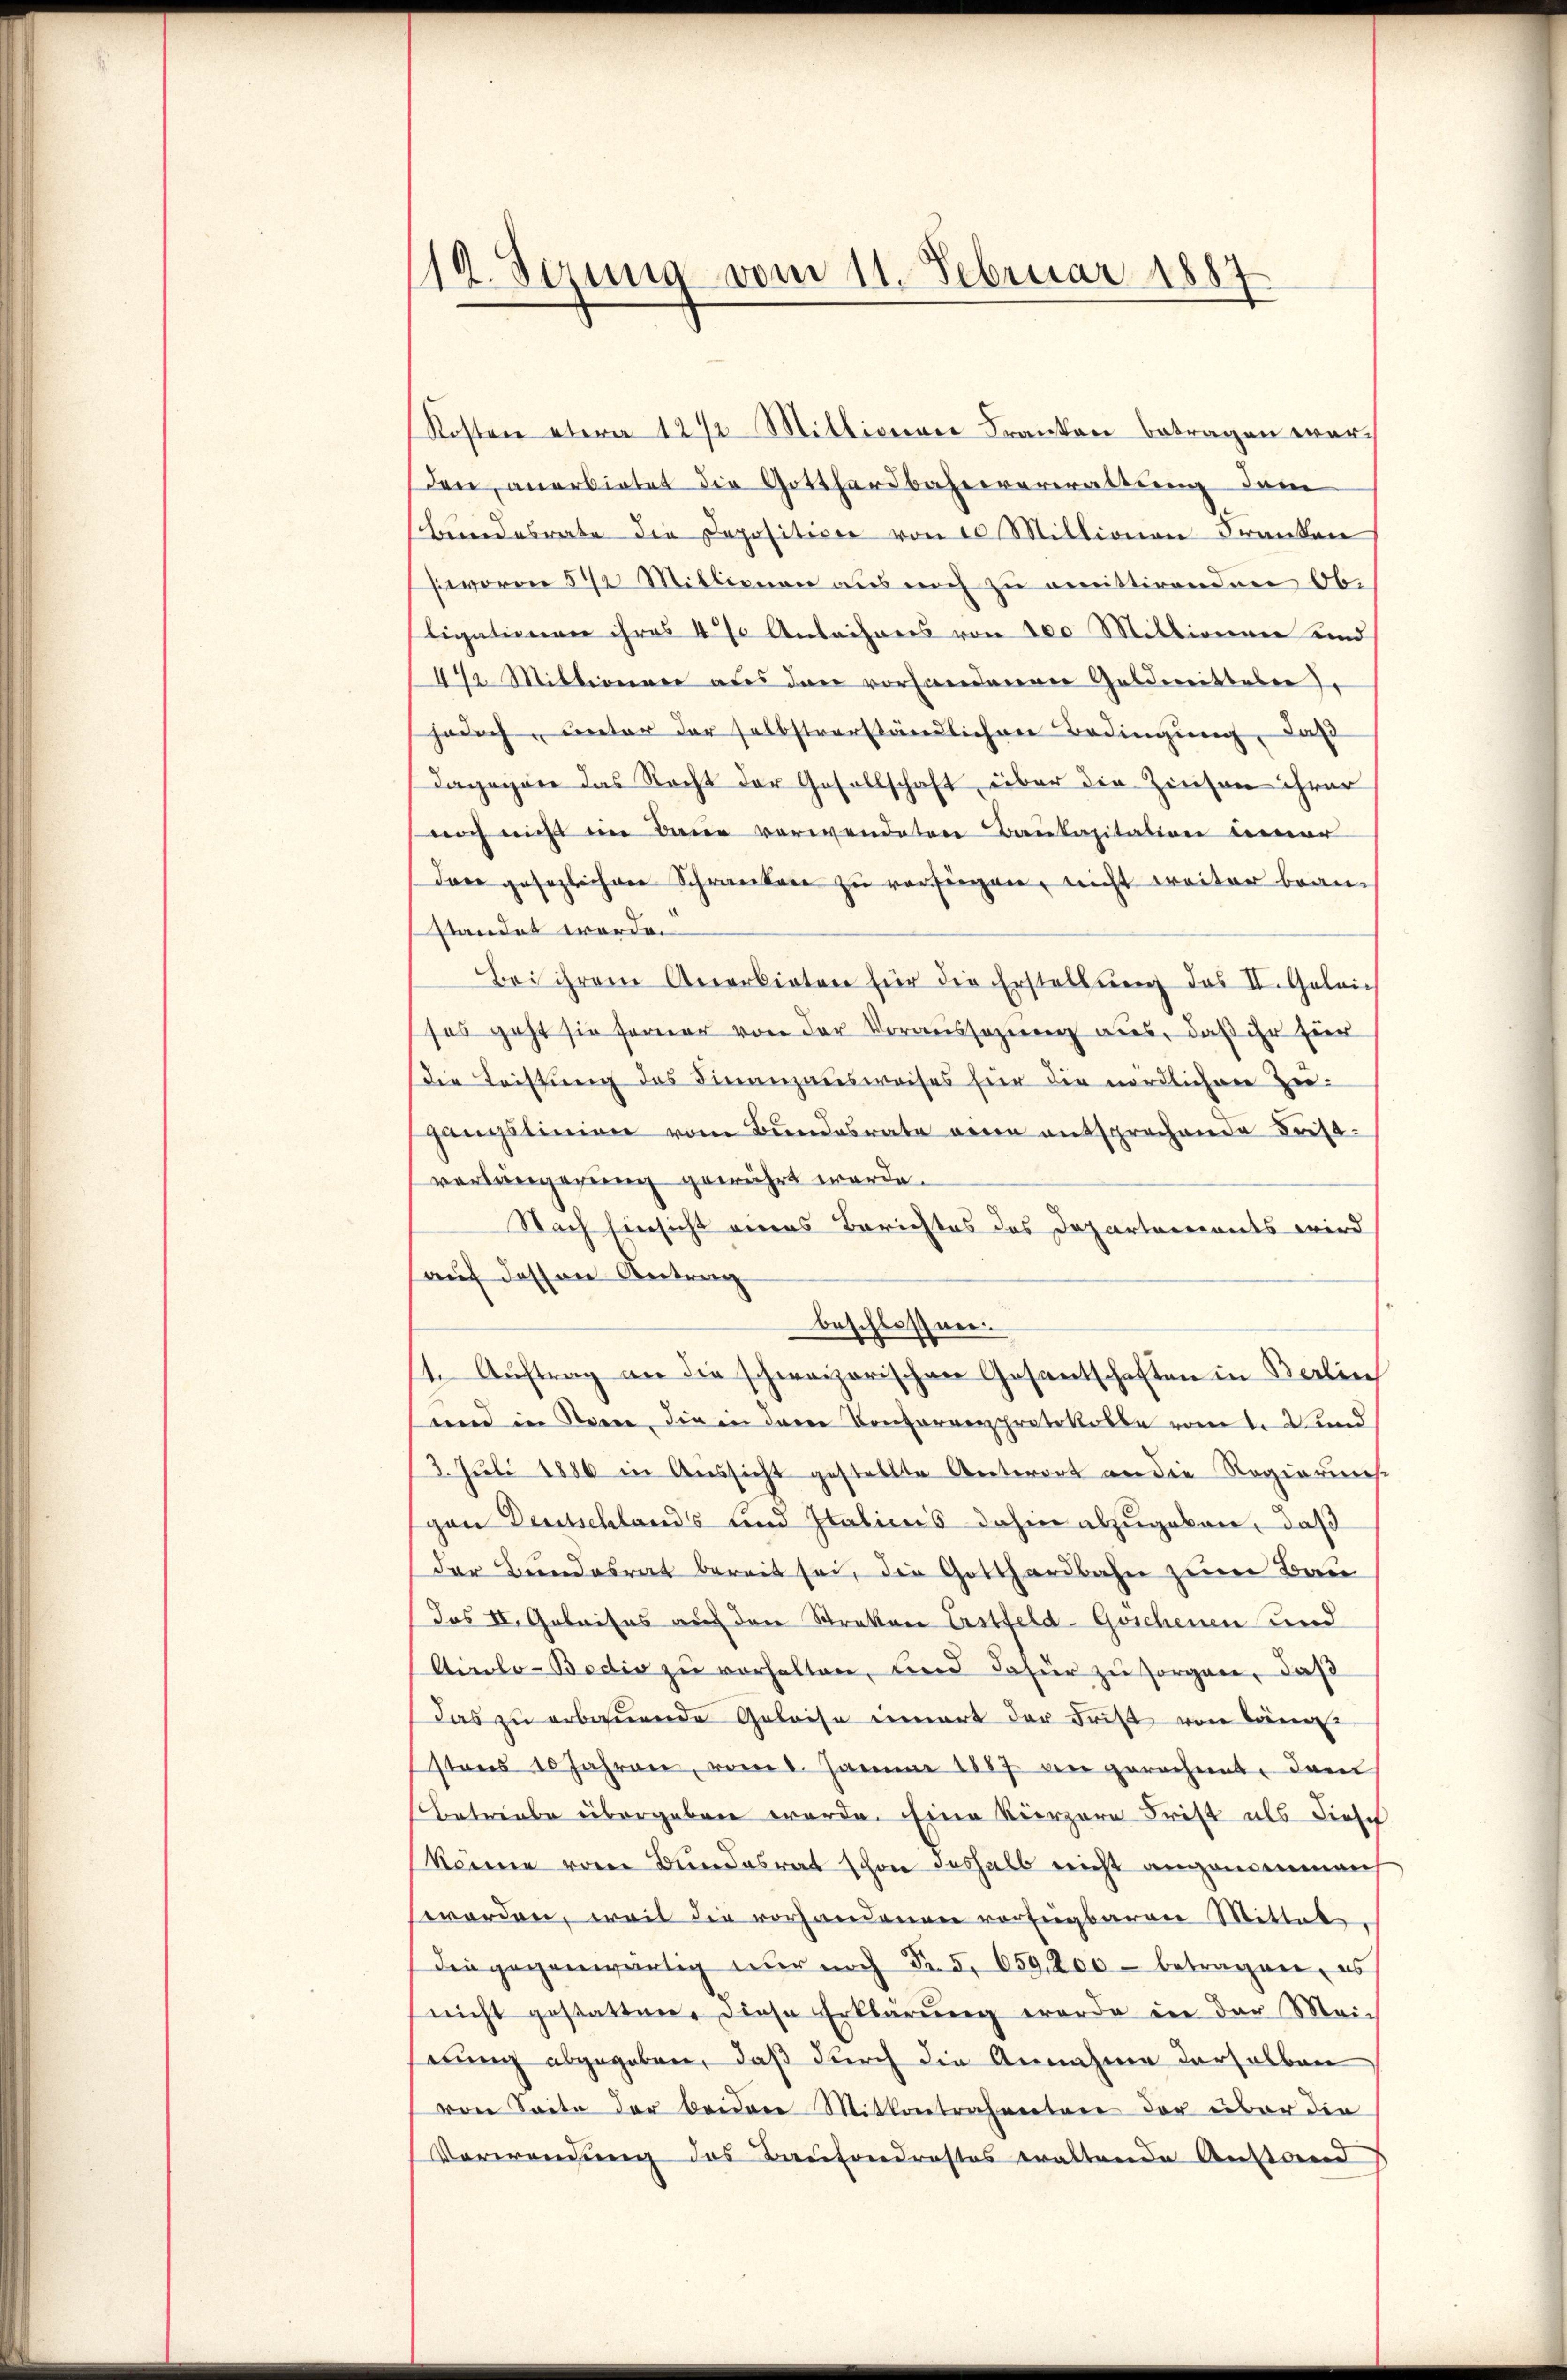
12. Sizung vom 11. Februar 1887

Kosten etwa 1242 Millionen Kranken betragen werdere, anerbietet die Gotthardbahneverwaltung dem
Bandesrate die Deposition von 10 Millionen Franken
woren 542 Millionen aus noch zu emittirenden Ob-
ligationen ihres 4 % Anleihrers von 100 Millionen und
44 Mittweiner aus den vorhandenen Geldmitteber
jedoch, unter der selbstverständlichen Bedingung, daß
Dagegen das Recht der Gesellschaft, über die Zinsen ihrer
noch nicht im Baue verwendeten Baukapitation einer
Dane gesezlichen Schranken zu verfügen, nicht weiter braustandet worden
Bei ihrem Anerbieten für die Erstellung des II. Geleich
ses geht sie ferner von der Voraussezung aus, daß ihr für
Die Leistung des Finanzausweises für die nördlichen Hergangslinien vom Bundesrate wenn entsprechende Fristverlängerung gewährt werde.
Nach hinsicht eines Berichtes des Departements wird
auf dessen Antrag
beschlossnen.
1. Auftrag an die schweizerischen Gesantschaften in Berlin
und in Sonne, die in deren Conferrenprotokolle vom 1. 2 und
3. Juli 1886 in Aussicht gestellte Unterort an die Regiarmes
gen Deutschlands und Italicus dahin abzugeben, daß
der Bundesrat bereit sei, die Gotthardbahn zum Bau
Das II. Geleises auf den Streken Erstfeld-Goschenen und
Airlo-Bodis zŭ verhalten, und dafür zŭ sorgen, daß
Das zu erbauende Geleise einert der Frist von Lang
stens 10 Jahren, vom 1. Januar 1857 angerechnet, dam
Betriebe übergeben werde. Eine Kerzere Frist als Fiesch
könne vom Bundesrat schon deshalb nicht angenommenh
worden, weil die vorhandenen verfügbaren Mittel
Dingegenwärtig nur noch Fr. 5. 659, 200 - betragen, es
nicht gestatten. Diese Erklärung worde in der Meic
stung abgegeben, daß durch die Annahme derselben
von Seite der beiden Mittentrahenten der über die
Verwendung des Kaufondrastes waltende Anstand